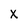
Character: X